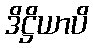
ဒိဋ္ဌိယာပိ